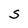
Character: S